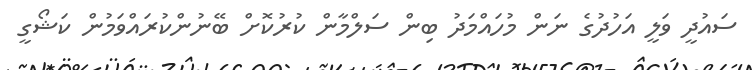
ސައުދީ ވަލީ އަހުދުގެ ނަން މުހައްމަދު ބިން ސަލްމާން ކުރުކޮށް ބޭނުންކުރައްވަމުން ކަޝޯގީ